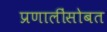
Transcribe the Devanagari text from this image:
प्रणालींसोबत